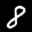
Label: 8